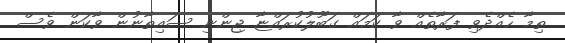
ތިމާ ހެއްދެވި ފަރާތެއް ވާ ކަމައް ގަބޫލުކުރައްޏާ ޖިންނި ސައިތާނުން ވާކަން ވެސް